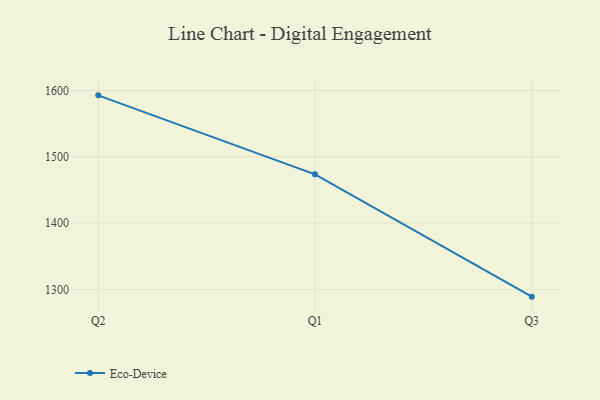
{"axis": {"x": "Quarter", "y": "Temperature (°C)"}, "legend": ["Eco-Device"], "data": [{"x": "Q2", "y": 1592.6, "type": "Eco-Device"}, {"x": "Q1", "y": 1473.5, "type": "Eco-Device"}, {"x": "Q3", "y": 1289.1, "type": "Eco-Device"}]}